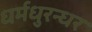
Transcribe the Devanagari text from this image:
धर्मधुरन्धर